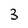
Character: 3